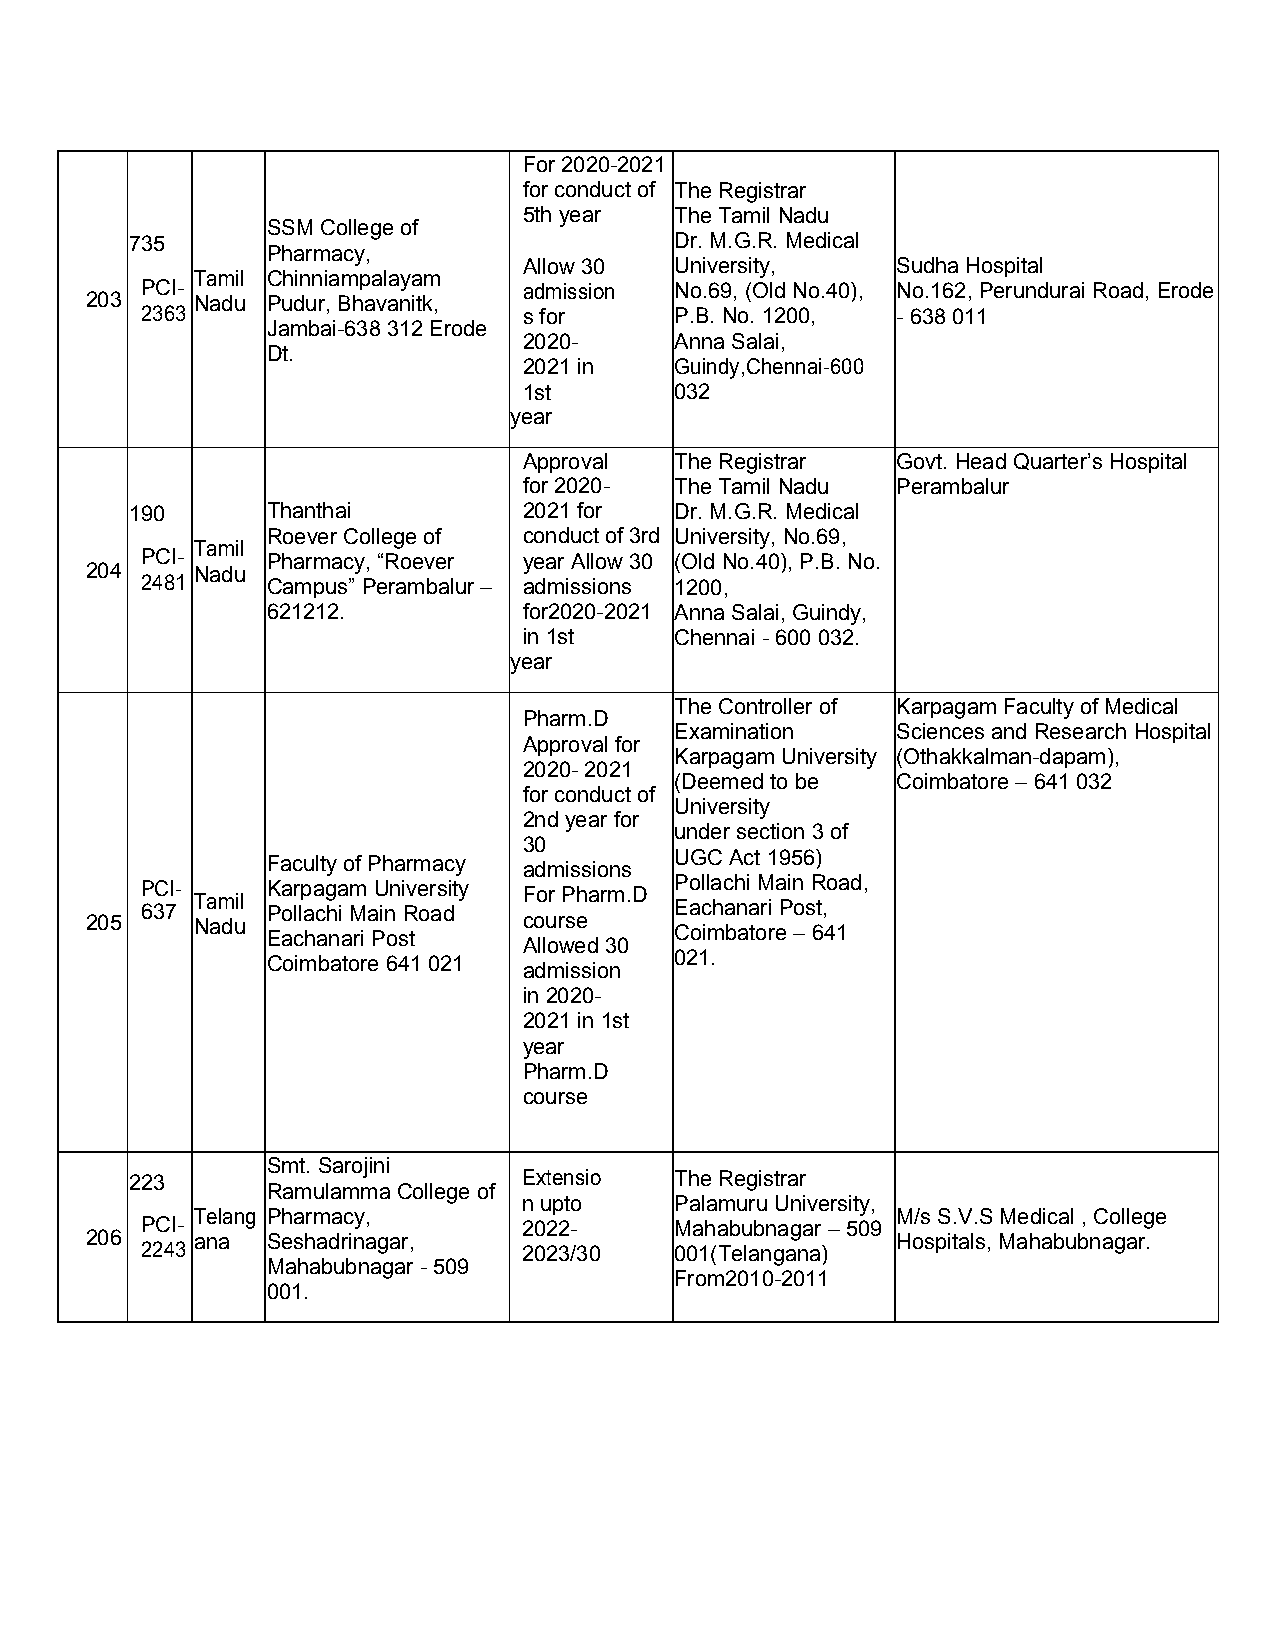
For 2020-2021
 for conductof TheRegistrar
 5th year  TheTamilNadu
 SSMCollegeof
 735                                 Dr.M.G.R. Medical
 Pharmacy,
 Allow 30  University,   SudhaHospital
 Tamil Chinniampalayam
 PCI-                      admission No.69, (OldNo.40), No.162,PerunduraiRoad,Erode
 203    Nadu Pudur,Bhavanitk,
 2363                      sfor      P.B.No.1200,  - 638011
 Jambai-638312Erode
 2020-     Anna Salai,
 Dt.
 2021 in   Guindy,Chennai-600
 1st       032
 year
 Approval  TheRegistrar  Govt. HeadQuarter’sHospital
 for 2020- TheTamilNadu  Perambalur
 190      Thanthai         2021 for  Dr.M.G.R. Medical
 Roever College of conductof3rd University, No.69,
 Tamil
 PCI-     Pharmacy, “Roever year Allow 30 (Old No.40),P.B.No.
 204    Nadu
 2481     Campus” Perambalur – admissions 1200,
 621212.          for2020-2021 Anna Salai,Guindy,
 in1st     Chennai- 600032.
 year
 TheController of Karpagam Faculty ofMedical
 Pharm.D
 Examination   Sciences and ResearchHospital
 Approval for
 Karpagam University (Othakkalman-dapam),
 2020- 2021
 (Deemed tobe  Coimbatore –641 032
 for conductof
 University
 2ndyear for
 under section 3of
 30
 Faculty ofPharmacy         UGC Act1956)
 admissions
 P 63C 7I- Tamil K Pa or llp aa cg ha im MaU inni Rve or as dity For Pharm.D P Eo al cla hc ah ni aM ria Pin osR t,oad,
 205    Nadu                  course
 EachanariPost              Coimbatore –641
 Allowed 30
 021.
 Coimbatore641021
 admission
 in2020-
 2021 in 1st
 year
 Pharm.D
 course
 Smt.Sarojini
 223                       Extensio  TheRegistrar
 RamulammaCollege of
 nupto     PalamuruUniversity,
 Telang Pharmacy,                              M/sS.V.S Medical,College
 PCI-                      2022-     Mahabubnagar –509
 206    ana  Seshadrinagar,                           Hospitals,Mahabubnagar.
 2243                      2023/30   001(Telangana)
 Mahabubnagar -509
 From2010-2011
 001.